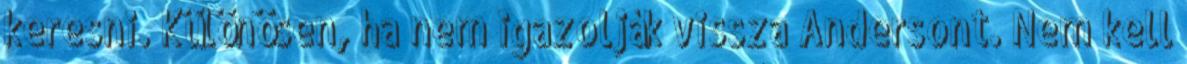
keresni. Különösen, ha nem igazolják vissza Andersont. Nem kell